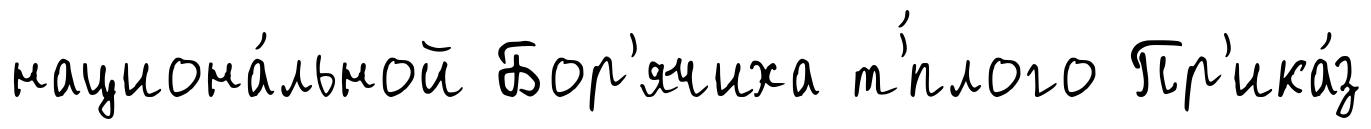
национа́льной Бор'ячиха т'́плого Пр'ика́з